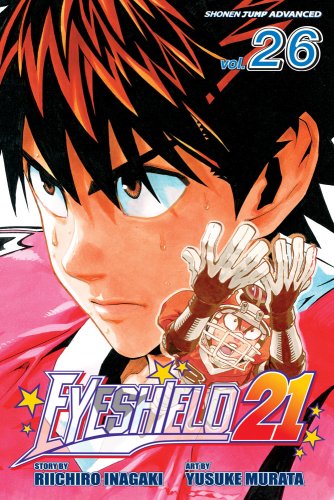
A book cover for Eyeshield 21, Vol. 26: Rough 'n' Tumble; Riichiro Inagaki; Comics & Graphic Novels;